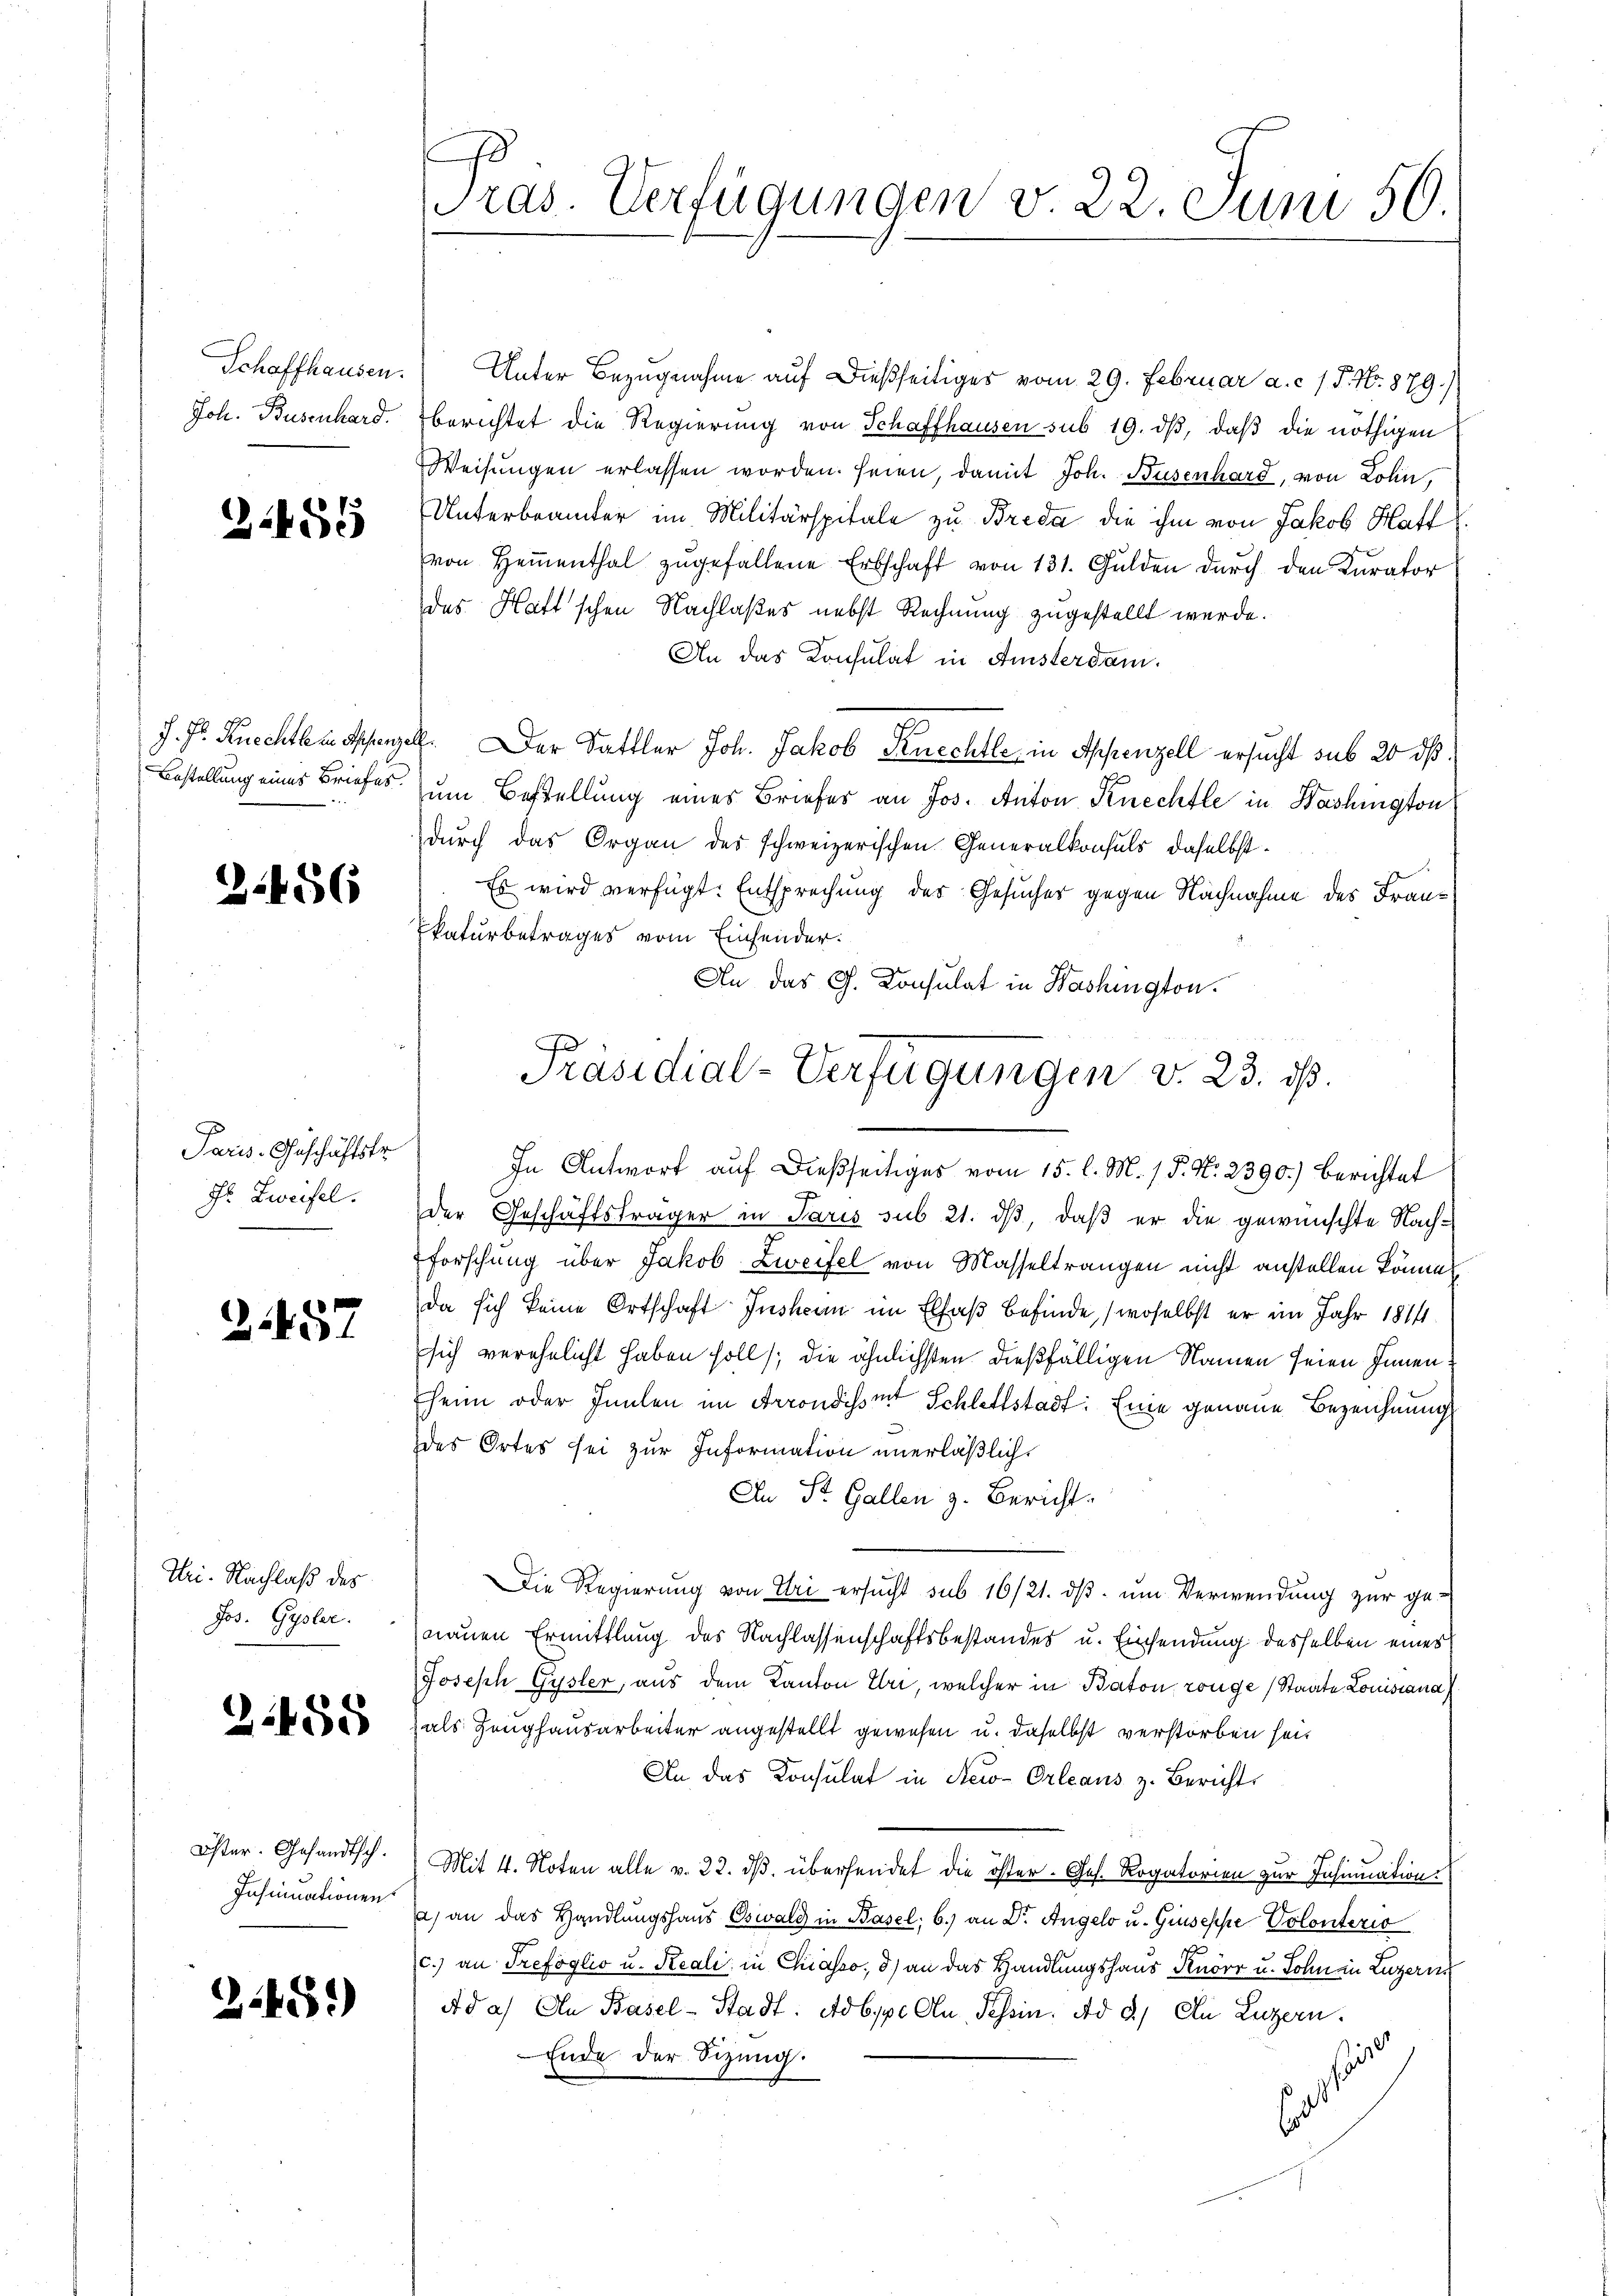
Schaffhausen.
Joh. Busenhard.

3455

J. J. Ruechtle in Appenze
Bestellung eines Briefes.

2.456

Paris. Geschäftstr
Fr. Zweifel.

2457

Tri. Nachlaß des
Jos. Gysler.

3455

Öster. Gesandtsch.
Insinuationen

3.45.)

Gras. Verfügungen v. 22. Juni 50.

Unter Bezugnahme auf dießseitiges vom 29. Februar a. c. / 5. No. 879.)
berichtet die Regierung von Schaffhausen sub 19. dβ, daß die nöthigen
Weisungen erlassen worden. seien, damit Joh. Busenhard, von Lohn,
Unterbrämter im Militärspitale zu Breda die ihm von Jakob Haft
von Heimenthal zugefallene Erbschaft von 131. Gulden durch den Karator
des Haft'schen Nachlaßes nebst Rechnung zugestellt werde.
An das Konsulat in Ansterdam.
A. Der Sattler Joh. Jakob Knechtle, in Appenzell ersucht sub 20 dß:
zum Bestellung eines Briefes an Jos. Anton Knechfle in Washington
durch das Organ des schweizerischen Generalkonsuls daselbst¬
Es wird verfügt: Entsprechung der Gesuches gegen Nachnahme des Frankaturbetrages vom Einsender.
An das G. Consulat in Washington
der Geschäftsträger in Paris sub 21. ds, daß er die gewünschte Nach-
Forschung über Jakob Zweifel von Masseltrangen nicht anstellen könne.
da sich keine Ortschaft Instrum im Elsaß befinde, (woselbst er im Jahr 1811.
sich verehelicht haben soll; die ähnlichsten dießfälligen Namen seien Innenheim oder Innten im Arrondissit Schlettstadt: Eine genaue Bezeichnung
des Ortes sei zur Information unerläßlich
An St. Gallen z. Bericht.
Die Regierung von Uri ersucht sub 16/21. dβ ŭm Verwendung zur ge-
nauen Ermittlung des Nachlassenschaftsbestandes u. Einsendung desselben eines
Joseph Gysler, aus dem Kanton Uri, welcher in Baton zuge (Staate Louissana
als Hanghausarbeiter angestellt gewesen u. daselbst verstorben heit
An das Konsulat in Steu-Orleans z. Bericht
Mit 4. Noten alle v. 22. dβ übersendet die öster- Ges. Rogatorien zur Insinuation.
a) an das Handlungshaus Oswald in Basel; b.) an Dr. Angelo u. Giuseppe Volontério
c.) an Trefoglio u. Reali, in Chiasso, d) an das Handlungshaus Knorr u. Sohn in Luzerns
Ad a. An Basel-Stadt. Adbpp. An Tessin. Ad 2.) An Luzern
Ende der Sizung.
s

Präsidial-Verfügungen v. 23. ds.
In Antwort auf dießseitiges vom 15. l. M. / P. Nr. 2390.) Berichtet
7.